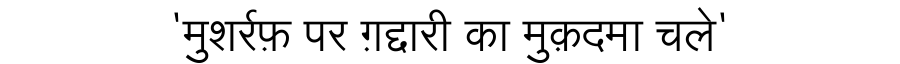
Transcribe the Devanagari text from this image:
'मुशर्रफ़ पर ग़द्दारी का मुक़दमा चले'